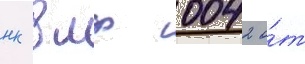
нк вмф 0042 о́т